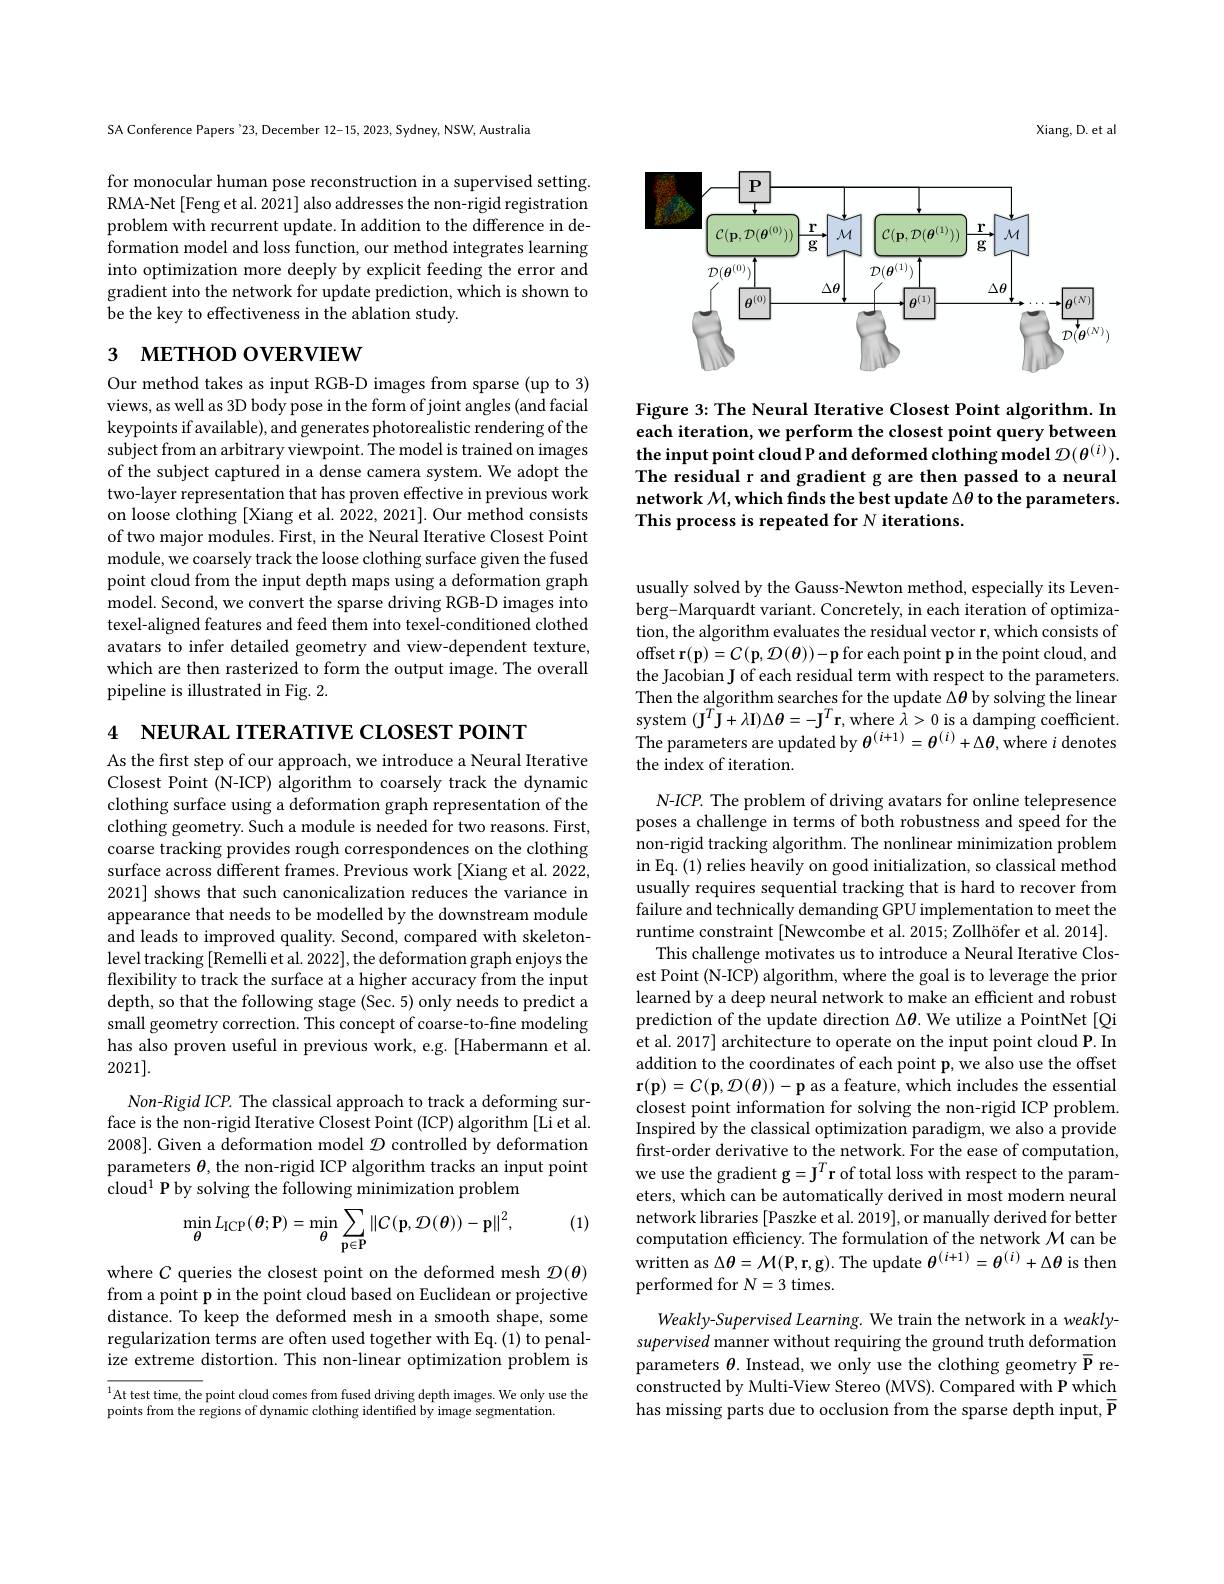
Xiang, D. et al

<FigureHere>

Figure 3: The Neural Iterative Closest Point algorithm. In each iteration, we perform the closest point query between the input point cloud P and deformed clothing model $\mathcal{D}(\theta^{(i)}).$ The residual r and gradient g are then passed to a neural network $\mathcal{M}$,which finds the best update $\Delta\theta$ to the parameters. This process is repeated for $N$ iterations.

SA Conference Papers '23, December 12-15, 2023, Sydney, NSW, Australia

for monocular human pose reconstruction in a supervised setting. RMA-Net[Feng et al. 2021] also addresses the non-rigid registration problem with recurrent update. In addition to the difference in deformation model and loss function, our method integrates learning into optimization more deeply by explicit feeding the error and gradient into the network for update prediction, which is shown to be the key to effectiveness in the ablation study.

# 3 мЕТНОр ОУЕRVIEW

Our method takes as input RGB-D images from sparse (up to 3) views, as well as 3D body pose in the form of joint angles (and facial keypoints if available), and generates photorealistic rendering of the subject from an arbitrary viewpoint. The model is trained on images of the subject captured in a dense camera system. We adopt the two-layer representation that has proven effective in previous work on loose clothing [Xiang et al. 2022, 2021]. Our method consists of two major modules. First, in the Neural Iterative Closest Point module, we coarsely track the loose clothing surface given the fused point cloud from the input depth maps using a deformation graph model. Second, we convert the sparse driving RGB-D images into texel-aligned features and feed them into texel-conditioned clothed avatars to infer detailed geometry and view-dependent texture, which are then rasterized to form the output image. The overall pipeline is illustrated in Fig. 2.

4 NEURAL ITERATIVE CLOSEST POINT

As the first step of our approach, we introduce a Neural Iterative Closest Point (N-ICP) algorithm to coarsely track the dynamic clothing surface using a deformation graph representation of the clothing geometry. Such a module is needed for two reasons. First, coarse tracking provides rough correspondences on the clothing surface across different frames. Previous work [Xiang et al. 2022, 2021] shows that such canonicalization reduces the variance in appearance that needs to be modelled by the downstream module and leads to improved quality. Second, compared with skeleton- $leveltracking[Remellietal.2022],thedeformationgraphenjoysthe$ flexibility to track the surface at a higher accuracy from the input depth, so that the following stage (Sec.5) only needs to predict a small geometry correction. This concept of coarse-to-fine modeling has also proven useful in previous work, e.g. [Habermann et al. 2021].
Non-Rigid ICP. The classical approach to track a deforming sur-

face is the non-rigid Iterative Closest Point (ICP) algorithm [Li et al. 2008]. Given a deformation model $\mathcal{D}$ controlled by deformation parameters $\theta$, the non-rigid ICP algorithm tracks an input point cloud$^1\textbf{P by solving the following minimization problem}$

(1)
$$\min_{\theta}L_{\mathrm{ICP}}(\boldsymbol{\theta};\mathbf{P})=\min_{\theta}\sum_{\mathbf{p}\in\mathbf{P}}\|C(\mathbf{p},\mathcal{D}(\boldsymbol{\theta}))-\mathbf{p}\|^{2},$$
where $C$ queries the closest point on the deformed mesh $\mathcal{D}(\boldsymbol\theta)$ from a point p in the point cloud based on Euclidean or projective distance. To keep the deformed mesh in a smooth shape, some regularization terms are often used together with Eq. (1) to penalize extreme distortion. This non-linear optimization problem is

$^{1}$At test time, the point cloud comes from fused driving depth images. We only use the
points from the regions of dynamic clothing identified by image segmentation.

usually solved by the Gauss-Newton method, especially its Levenberg-Marquardt variant. Concretely, in each iteration of optimization, the algorithm evaluates the residual vector r, which consists of offset r$(\mathbf{p})=C(\mathbf{p},\mathcal{D}(\boldsymbol{\theta}))-\mathbf{p}$ for each point p in the point cloud, and the Jacobian J of each residual term with respect to the parameters. Then the algorithm searches for the update $\Delta\theta$ by solving the linear system $(\mathbf{J}^{T}\mathbf{J}+\lambda\mathbf{I})\Delta\boldsymbol\theta=-\mathbf{J}^{T}\mathbf{r}$,where $\dot{\lambda}>0$ is a damping coefficient. The parameters are updated by $\theta^{(i+1)}=\theta^{(i)}+\Delta\theta$,where $i$ denotes the index of iteration.

N-ICP. The problem of driving avatars for online telepresence poses a challenge in terms of both robustness and speed for the non-rigid tracking algorithm. The nonlinear minimization problem in Eq. (1) relies heavily on good initialization, so classical method usually requires sequential tracking that is hard to recover from failure and technically demanding GPU implementation to meet the runtime constraint [Newcombe et al. 2015; Zollhöfer et al. 2014].
This challenge motivates us to introduce a Neural Iterative Closest Point (N-ICP) algorithm, where the goal is to leverage the prior learned by a deep neural network to make an efficient and robust prediction of the update direction $\Delta\theta$. We utilize a PointNet [Qi et al. 2017] architecture to operate on the input point cloud P. In addition to the coordinates of each point p, we also use the offset $\mathbf{r}(\mathbf{p})=C(\mathbf{p},\mathcal{D}(\boldsymbol{\theta}))-\mathbf{p}$ as a feature, which includes the essential closest point information for solving the non-rigid ICP problem. Inspired by the classical optimization paradigm, we also a provide first-order derivative to the network. For the ease of computation, we use the gradient g$=\mathbf{J}^T\mathbf{r}$ of total loss with respect to the parameters, which can be automatically derived in most modern neural network libraries [Paszke et al. 2019], or manually derived for better computation efficiency. The formulation of the network $\mathcal{M}$ can be ${\mathrm{written~as~}\Delta\theta=\mathcal{M}(\mathbf{P},\mathbf{r},\mathbf{g}).{\mathrm{The~update~}\theta^{(i+1)}}=\theta^{(i)}+\Delta\theta{\mathrm{~is~then}}}$ performed for $N=3$ times.
Weakly- Supervised Learning. We train the network in a weakly-

supervised manner without requiring the ground truth deformation parameters $\theta.$ Instead, we only use the clothing geometry $\overline{\mathbf{P}}$ reconstructed by Multi-View Stereo (MVS). Compared with P which has missing parts due to occlusion from the sparse depth input, $\overline{\mathbf{P}}$